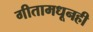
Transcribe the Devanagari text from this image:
गीतामधूनही